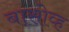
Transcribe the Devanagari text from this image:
बासोव्ह